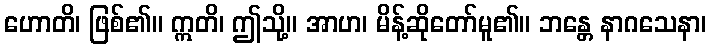
ဟောတိ၊ ဖြစ်၏။ ဣတိ၊ ဤသို့။ အာဟ၊ မိန့်ဆိုတော်မူ၏။ ဘန္တေ နာဂသေနာ၊